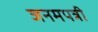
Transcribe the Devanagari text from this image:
जनमपत्री